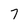
Character: 7